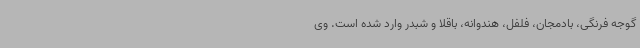
گوجه فرنگی، بادمجان، فلفل، هندوانه، باقلا و شبدر وارد شده است. وی